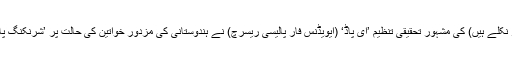
ہارورڈ یونیورسٹی (جہاں سے مرکزی ریاستی وزیر پڑھ کر نکلے ہیں) کی مشہور تحقیقی تنظیم ’ای پاڈ‘ (ایویڈنس فار پالیسی ریسرچ) نے ہندوستانی کی مزدور خواتین کی حالت پر ’شرنکنگ پاور‘ یعنی سکڑتی طاقت کے نام سے رپورٹ جاری کی ہے۔